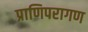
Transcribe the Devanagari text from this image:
प्राणिपरागण